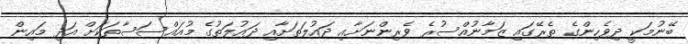
ބޭނުމަކީ ދިވެހިންގެ ތެރޭގައި ޒަމާނުއްސުރެ ވެރިންނަށާއި ދައުލަތަށާއި ދައުލަތުގެ މުއައްސަސާތަކަށް އަދި މައިން